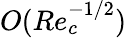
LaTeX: O(Re_{c}^{-1/2})